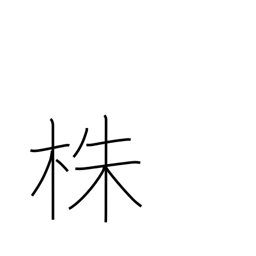
Meaning: stump